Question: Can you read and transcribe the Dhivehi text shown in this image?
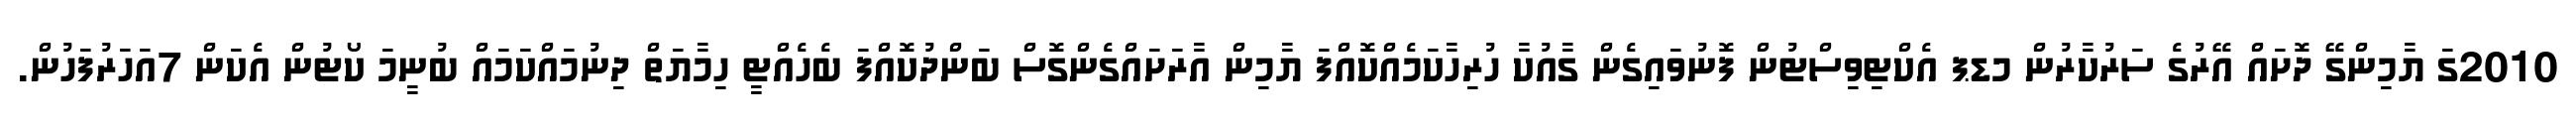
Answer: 2010ގަ ޔާމިންގޭ ދޮށައް އޭރުގެ ސަރުކާރުން މޑޕ އެކްޓިވިސްޓުން ފޮނުވައިގެން ގާއުކާ ހުރިހާކަމެއްކޮއްފަ ޔާމިން އާރަށައްގެންގޮސް ބަންދުކޮއްފަ ބެހެއްޓީ ހިމާޔަތް ދިނުމައްކަމައް ބުނީމަ ކޯޓުން އެކަން 7އަހަރުފަހުން.